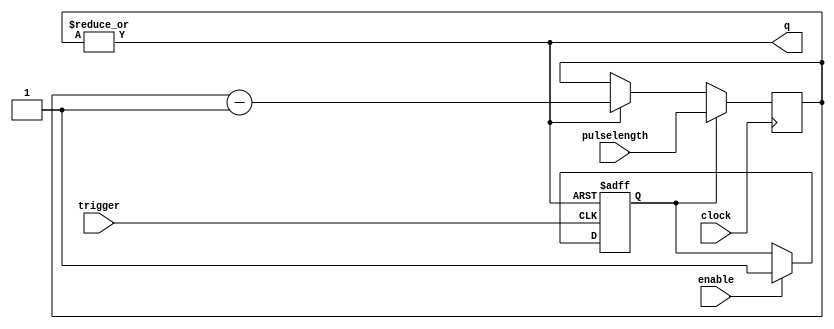
module timed_monoflop( 
	input wire clock, 
	input wire enable, 
	input wire [PulseLengthWidth-1:0] pulselength, 
	input wire trigger, 
	output wire q );
	
parameter PulseLengthWidth = 4;

reg load = 1'b0;
reg [PulseLengthWidth-1:0] Countdown = 0;
assign q = |Countdown;

always @ (posedge trigger or posedge q)
begin
  if (q)
    load <= 0;
  else if (enable)
    load <= 1;
end

always @ (posedge clock )
begin
  if (load)
	 Countdown[PulseLengthWidth-1:0] <= pulselength;
  else if (q)
    Countdown[PulseLengthWidth-1:0] <= Countdown[PulseLengthWidth-1:0] - 1'h1;
end

endmodule